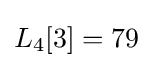
L_{4}[3]=79